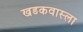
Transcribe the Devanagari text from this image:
खडकवास्ला